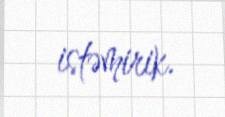
istəmirik.